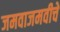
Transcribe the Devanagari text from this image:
जमवाजमवीचे